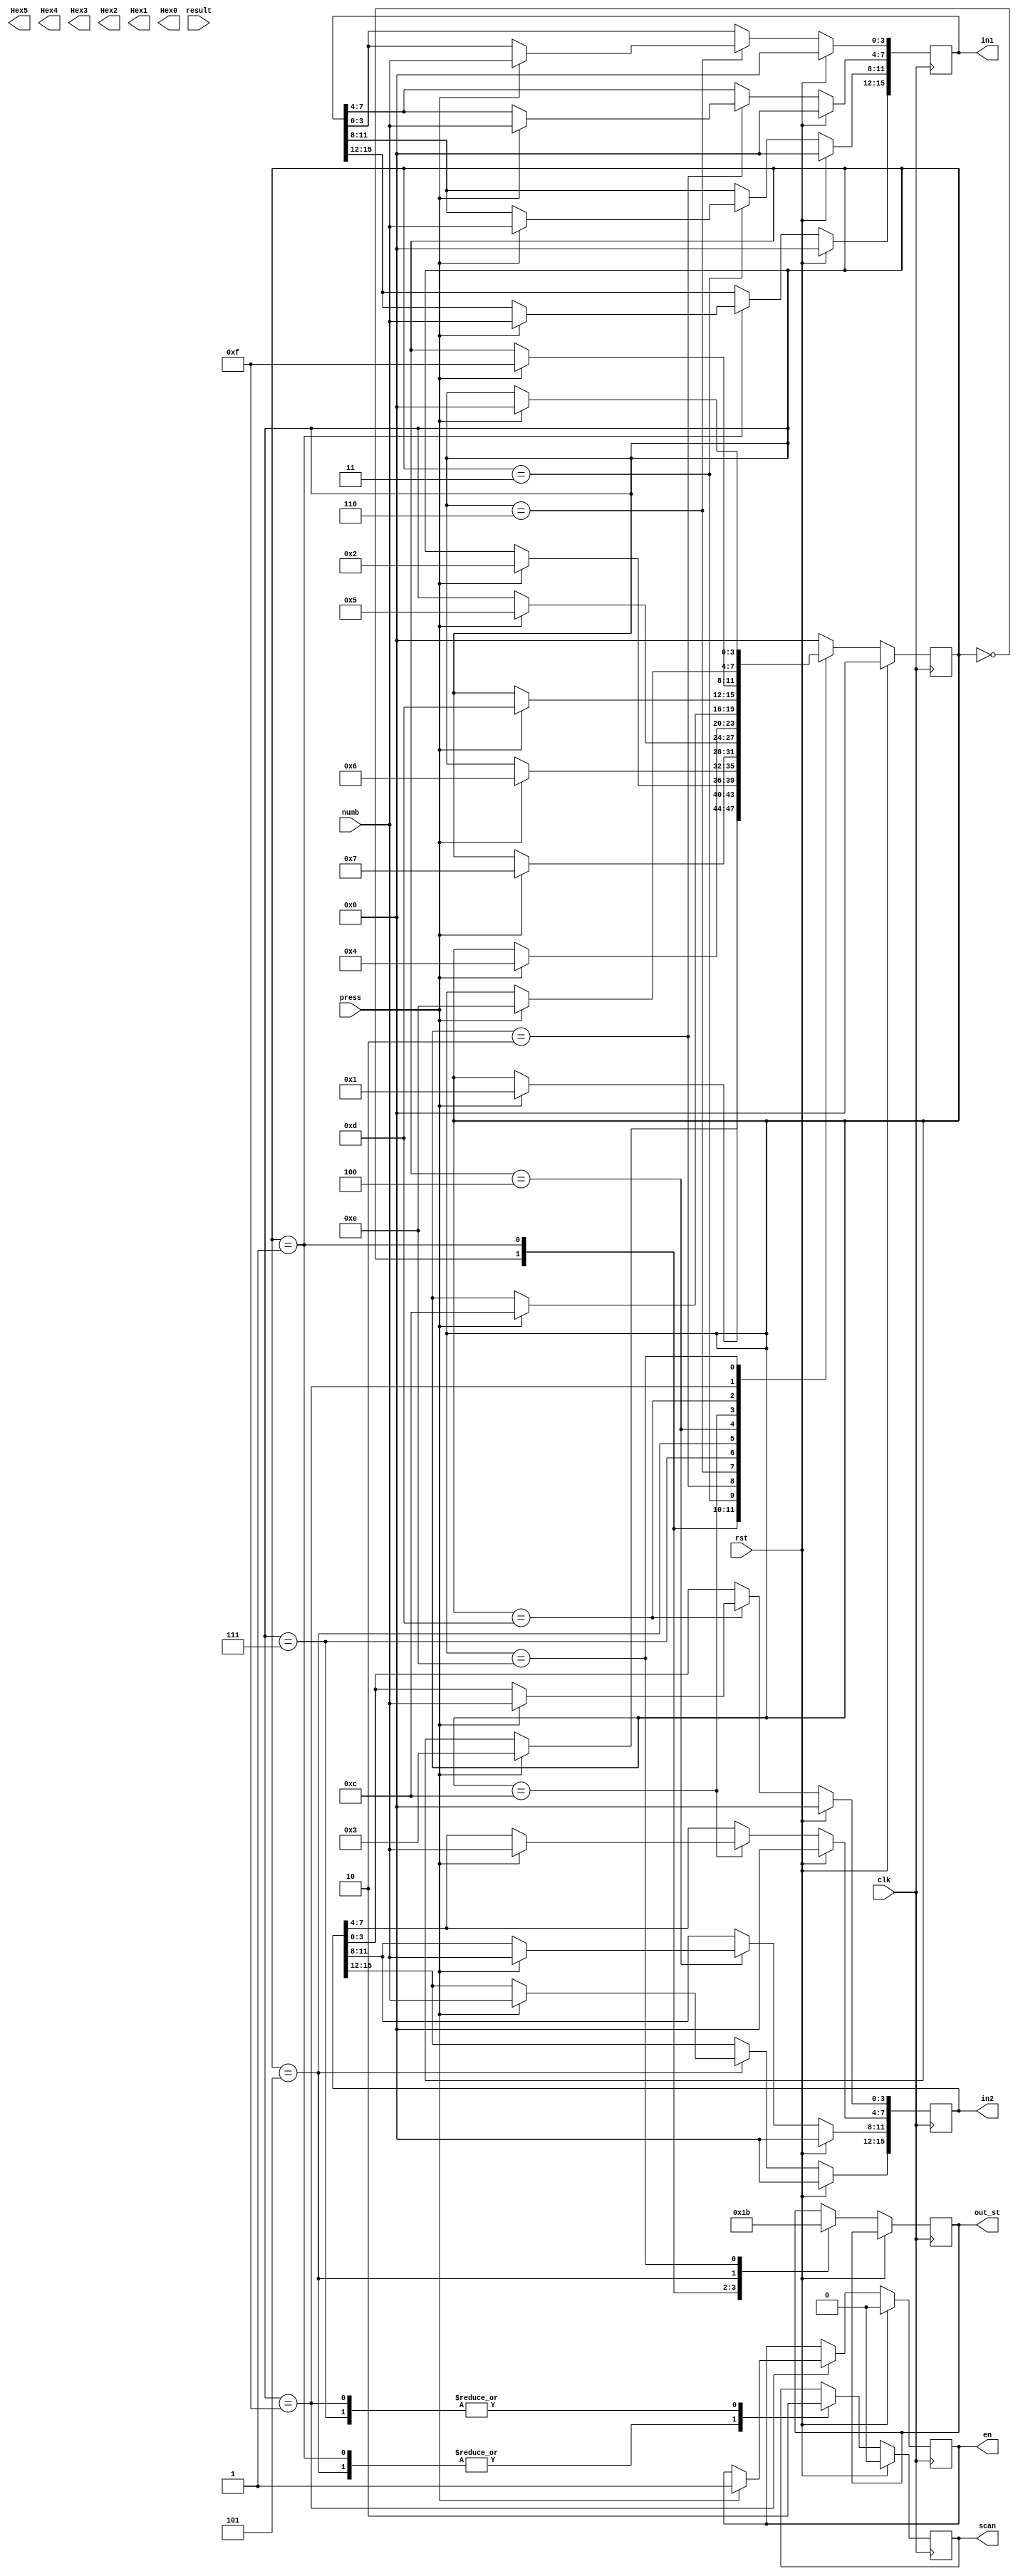
module seg_controller (
	input 					clk,
	input 					rst,
	input						press,
	input 		[3:0] 	numb,
	
	/// Microcontroller output State///
	output reg 	[1:0] 	out_st,
	
	/// FPA Related Inputs/Outputs ///
	input 		[15:0]	result,
	output reg				en,
	output reg				scan,
	output reg 	[15:0] 	in1,
	output reg  [15:0]   in2,
	
	/// 7 Segment Displays ///
	output reg 	[7:0] 	Hex5,
	output reg 	[7:0] 	Hex4,
	output reg 	[7:0] 	Hex3,
	output reg 	[7:0] 	Hex2,
	output reg 	[7:0] 	Hex1,
	output reg 	[7:0] 	Hex0
);

	function [7:0] convert_hex; //Convert 4-bit input into 8-bit data for 7 segs
		input [3:0] binary_in;
		
		case (binary_in)
			4'b0000: convert_hex = zero; 
			4'b0001: convert_hex = one; 
			4'b0010: convert_hex = two; 
			4'b0011: convert_hex = three; 
			4'b0100: convert_hex = four; 
			4'b0101: convert_hex = five; 
			4'b0110: convert_hex = six; 
			4'b0111: convert_hex = seven; 
			4'b1000: convert_hex = eight; 
			4'b1001: convert_hex = nine; 
			4'b1010: convert_hex = a; 
			4'b1011: convert_hex = b; 
			4'b1100: convert_hex = c; 
			4'b1101: convert_hex = d; 
			4'b1110: convert_hex = e; 
			4'b1111: convert_hex = f; 
			default: convert_hex = null;
		endcase
	endfunction

	
	/// State Parameters ///
	parameter [3:0]	S0 = 		4'b0000,
							S1 = 		4'b0001,
							S2 = 		4'b0011,
							S3 = 		4'b0010,
							S4 = 		4'b0110,
							S5 = 		4'b0111,
							S6 = 		4'b0101,
							S7 = 		4'b0100,
							S8 = 		4'b1100,
							S9 = 		4'b1101,
							S10 = 	4'b1111,
							S11 = 	4'b1110;
	
	
	/// 7-Segment Display Parameters ///
	parameter [7:0]	null = 	8'hFF, //11111111
							zero = 	8'hC0, //11000000
							one = 	8'hF9, //11111001
							two = 	8'hA4, //10100100
							three = 	8'hB0, //10110000
							four = 	8'h99, //10011001
							five = 	8'h92, //10010010
							six = 	8'h82, //10000010
							seven = 	8'hF8, //11111000
							eight = 	8'h80, //10000000
							nine = 	8'h98, //10011000
							a = 		8'h88, //10001000
							b = 		8'h83, //10000011
							c = 		8'hA7, //10100111
							d = 		8'hA1, //10100001
							e = 		8'h86, //10000110
							f = 		8'h8E; //10001110
							
	reg 	[3:0] 	cur_state; //Current state in the calculator							
	reg 	[7:0] 	H5_data, H3_data, H2_data, H1_data, H0_data; //Data for each 7-seg

	initial begin
		H5_data = null;
		H3_data = null;
		H2_data = null;
		H1_data = null;
		H0_data = null;
		cur_state = S0;
		in1 = 16'h0000;
		in2 = 16'h0000;
		en = 1'b0;
		scan = 1'b0;
		out_st = 2'b00;
	end
	
	
	always @ (posedge clk) begin
		if (rst) begin //Reset
			H3_data <= null;
			H2_data <= null;
			H1_data <= null;
			H0_data <= null;
			cur_state <= S0;	
			in1 <= 16'h0000;
			in2 <= 16'h0000;
			en <= 1'b0;
			scan <= 1'b0;
		end
		
		else begin			
			case (cur_state)
				///// STATE 0: RESET /////
				S0: begin
					H5_data <= null;
					out_st <= 2'b00;
					if (press) cur_state <= S1;
				end
				
				
				///// STATE 1: INPUT 1ST NUMBER/////
				S1: begin
					out_st <= 2'b01;
					scan <= 1'b1;
					H5_data <= convert_hex(numb);
					
					if (press && (numb != null)) begin
						H5_data <= null;
						H0_data <= convert_hex(numb);
						cur_state <= S2;
						in1[15:12] <= numb;
					end
				end
				
				S2: begin
					H5_data <= convert_hex(numb);
					
					if (press && (numb != null)) begin
						H5_data <= null;
						H1_data <= convert_hex(in1[15:12]);
						H0_data <= convert_hex(numb);
						cur_state <= S3;
						in1[11:8] <= numb;
					end
				end
				
				S3: begin
					H5_data <= convert_hex(numb);
					
					if (press && (numb != null)) begin
						H5_data <= null;
						H2_data <= convert_hex(in1[15:12]);
						H1_data <= convert_hex(in1[11:8]);
						H0_data <= convert_hex(numb);
						cur_state <= S4;
						in1[7:4] <= numb;
					end
				end
				
				S4: begin 
					H5_data <= convert_hex(numb);
					
					if (press && (numb != null)) begin
						H5_data <= null;
						H3_data <= convert_hex(in1[15:12]);
						H2_data <= convert_hex(in1[11:8]);
						H1_data <= convert_hex(in1[7:4]);
						H0_data <= convert_hex(numb);
						cur_state <= S5;
						in1[3:0] <= numb;
					end
				end
				
				S5: begin //Clear 7 segs before inputting 2nd number
					scan <= 1'b0;
					
					if (press) begin
						H3_data <= null;
						H2_data <= null;
						H1_data <= null;
						H0_data <= null;
						cur_state <= S6;
					end
				end
				
				
				///// STATE 2: INPUT 2ND NUMBER/////
				S6: begin
					out_st <= 2'b10;
					scan <= 1'b1;
					H5_data <= convert_hex(numb);
					
					if (press && (numb != null)) begin
						H5_data <= null;
						H0_data <= convert_hex(numb);
						cur_state <= S7;
						in2[15:12] <= numb;
					end
				end
				
				S7: begin
					H5_data <= convert_hex(numb);
					
					if (press && (numb != null)) begin
						H5_data <= null;
						H1_data <= convert_hex(in2[15:12]);
						H0_data <= convert_hex(numb);
						cur_state <= S8;
						in2[11:8] <= numb;
					end
				end
				
				S8: begin
					H5_data <= convert_hex(numb);
					
					if (press && (numb != null)) begin
						H5_data <= null;
						H2_data <= convert_hex(in2[15:12]);
						H1_data <= convert_hex(in2[11:8]);
						H1_data <= convert_hex(numb);
						cur_state <= S9;
						in2[7:4] <= numb;
					end
				end
				
				S9: begin 
					H5_data <= convert_hex(numb);
					
					if (press && (numb != null)) begin
						H5_data <= null;
						H3_data <= convert_hex(in2[15:12]);
						H2_data <= convert_hex(in2[11:8]);
						H1_data <= convert_hex(in2[7:4]);
						H0_data <= convert_hex(numb);
						cur_state <= S10;
						in2[3:0] <= numb;
					end
				end				
				
				S10: begin //Clear 7 segs before calculating
					scan <= 1'b0;
					
					if (press) begin
						H3_data <= null;
						H2_data <= null;
						H1_data <= null;
						H0_data <= null;
						cur_state <= S11;
						en <= 1'b1;
					end
				end

				
				///// STATE 3: FLOATING POINT CALCULATION /////	
				S11: begin
					out_st <= 2'b11;
					
					H3_data <= convert_hex(result[15:12]);
					H2_data <= convert_hex(result[11:8]);
					H1_data <= convert_hex(result[7:4]);
					H0_data <= convert_hex(result[3:0]);
					
					if (press) begin
						H3_data <= null;
						H2_data <= null;
						H1_data <= null;
						H0_data <= null;
						cur_state <= S0;
					end
				end
				
				default: cur_state <= S0;
			endcase
		end
	end
	
endmodule